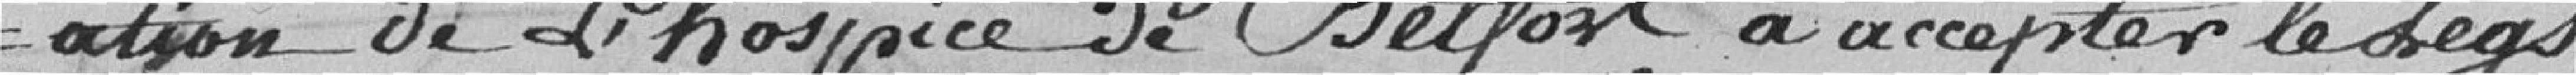
ation de l'Hospice de Belfort à accepter le legs